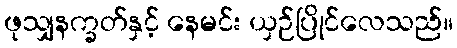
ဖုသျှနက္ခတ်နှင့် နေမင်း ယှဉ်ပြိုင်လေသည်။